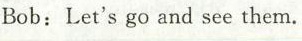
Bob:Let's go and see them.